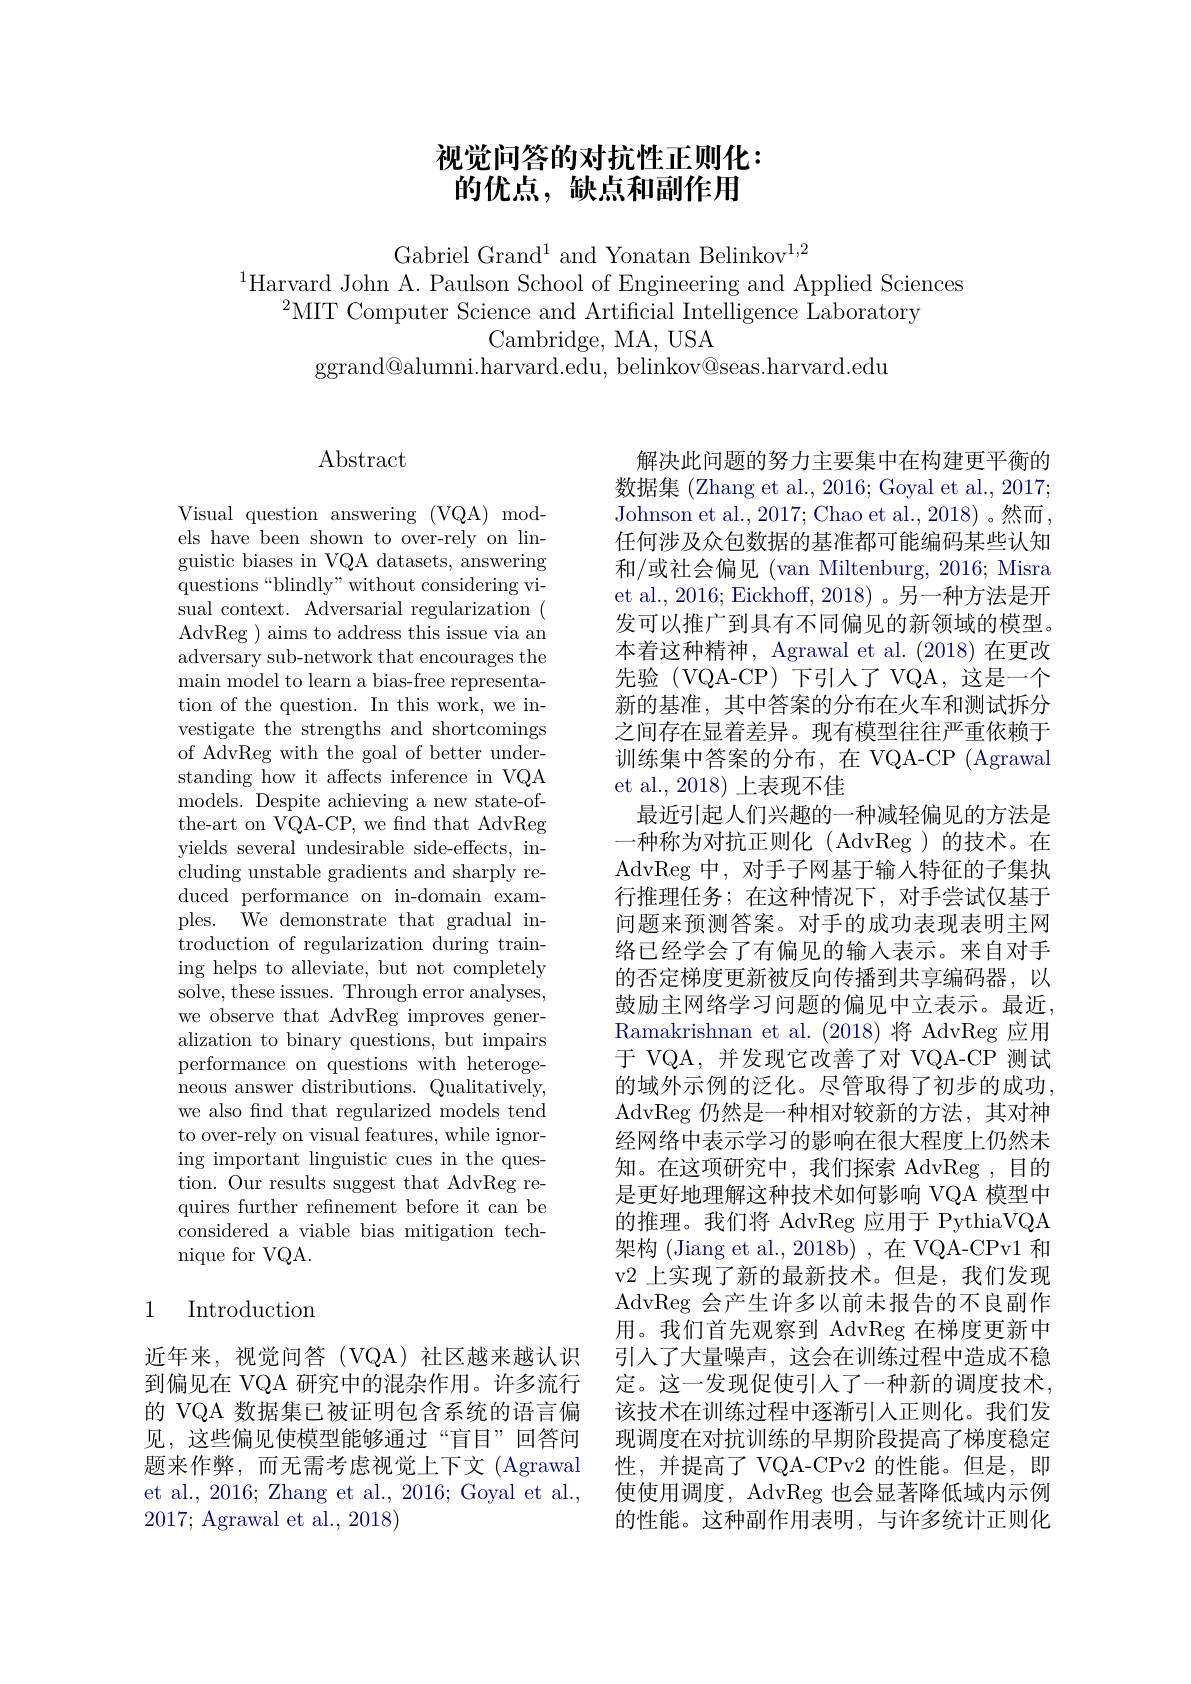
## 视觉问答的对抗性正则化： 的优点，缺点和副作用

Gabriel Grand$^1$ and Yonatan Belinkov$^{1,2}$
$^{1}$Harvard John A. Paulson School of Engineering and Applied Sciences
$^2$MIT Computer Science and Artificial Intelligence Laboratory
Cambridge, MA, USA
ggrand@alumni.harvard.edu, belinkov@seas.harvard.edu

# Abstract

Visual question answering (VQA) models have been shown to over-rely on linguistic biases in VQA datasets, answering ${\mathrm{questions~“blindly"without~considering~vi-}}$ sual context. Adversarial regularization ( AdvReg ) aims to address this issue via an adversary sub-network that encourages the main model to learn a bias-free representation of the question. In this work, we investigate the strengths and shortcomings of AdvReg with the goal of better understanding how it affects inference in VQA models. Despite achieving a new state-ofthe-art on VQA-CP, we find that AdvReg yields several undesirable side-effects, including unstable gradients and sharply reduced performance on in-domain examples. We demonstrate that gradual introduction of regularization during training helps to alleviate, but not completely solve, these issues. Through error analyses, we observe that AdvReg improves generalization to binary questions, but impairs performance on questions with heteroge- ${\mathrm{neous~answer~distributions.~Qualitatively}}$ we also find that regularized models tend to over-rely on visual features, while ignoring important linguistic cues in the question. Our results suggest that AdvReg requires further refnement before it can be considered a viable bias mitigation technique for VQA.

## 1 Introduction

近年来，视觉问答(VQA)社区越来越认识到偏见在 VQA 研究中的混杂作用。许多流行的 VQA 数据集已被证明包含系统的语言偏见，这些偏见使模型能够通过“盲目”回答问题来作弊，而无需考虑视觉上下文(Agrawal et al., 2016; Zhang et al., 2016; Goyal et al., 2017; Agrawal et al., 2018)

解决此问题的努力主要集中在构建更平衡的数据集 (Zhang et al., 2016; Goyal et al., 2017; Johnson et al., 2017; Chao et al., 2018) 。然而， 任何涉及众包数据的基准都可能编码某些认知和/或社会偏见 (van Miltenburg, 2016; Misra et al., 2016; Eickhoff, 2018) 。另一种方法是开发可以推广到具有不同偏见的新领域的模型。本着这种精神，Agrawal et al. (2018)在更改先验(VQA-CP)下引入了VQA，这是一个新的基准，其中答案的分布在火车和测试拆分之间存在显着差异。现有模型往往严重依赖于训练集中答案的分布，在 VQA-CP (Agrawal et al., 2018) 上表现不佳
最近引起人们兴趣的一种减轻偏见的方法是一种称为对抗正则化(AdvReg)的技术。在AdvReg 中，对手子网基于输入特征的子集执行推理任务；在这种情况下，对手尝试仅基于问题来预测答案。对手的成功表现表明主网络已经学会了有偏见的输入表示。来自对手的否定梯度更新被反向传播到共享编码器，以鼓励主网络学习问题的偏见中立表示。最近， Ramakrishnan et al. (2018)将 AdvReg 应用于 VQA,并发现它改善了对 VQA-CP 测试的域外示例的泛化。尽管取得了初步的成功， AdvReg 仍然是一种相对较新的方法，其对神经网络中表示学习的影响在很大程度上仍然未知。在这项研究中，我们探索 AdvReg ,目的是更好地理解这种技术如何影响 VQA 模型中的推理。我们将 AdvReg 应用于 PythiaVQA 架构 (Jiang et al., 2018b) , 在 VQA-CPv1 和v2 上实现了新的最新技术。但是，我们发现AdvReg 会产生许多以前未报告的不良副作用。我们首先观察到 AdvReg 在梯度更新中引人了大量噪声，这会在训练过程中造成不稳定。这一发现促使引人了一种新的调度技术， 该技术在训练过程中逐渐引入正则化。我们发现调度在对抗训练的早期阶段提高了梯度稳定性，并提高了 VQA-CPv2 的性能。但是，即使使用调度，AdvReg 也会显著降低域内示例的性能。这种副作用表明，与许多统计正则化